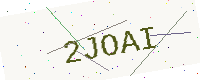
Text: 2JOAI